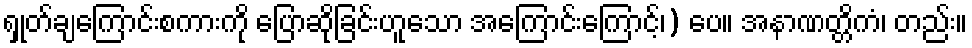
ရှုတ်ချကြောင်းစကားကို ပြောဆိုခြင်းဟူသော အကြောင်းကြောင့်၊) ပေ။ အနာဏတ္တိကံ၊ တည်း။